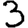
Digit: 3